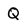
Character: Q